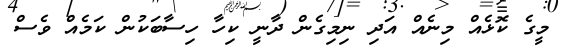
މީގެ ކޮޅެއް މިނެއް އަދި ނިމިގެން ދާނީ ކިހާ ހިސާބަކުން ކަމެއް ވެސް